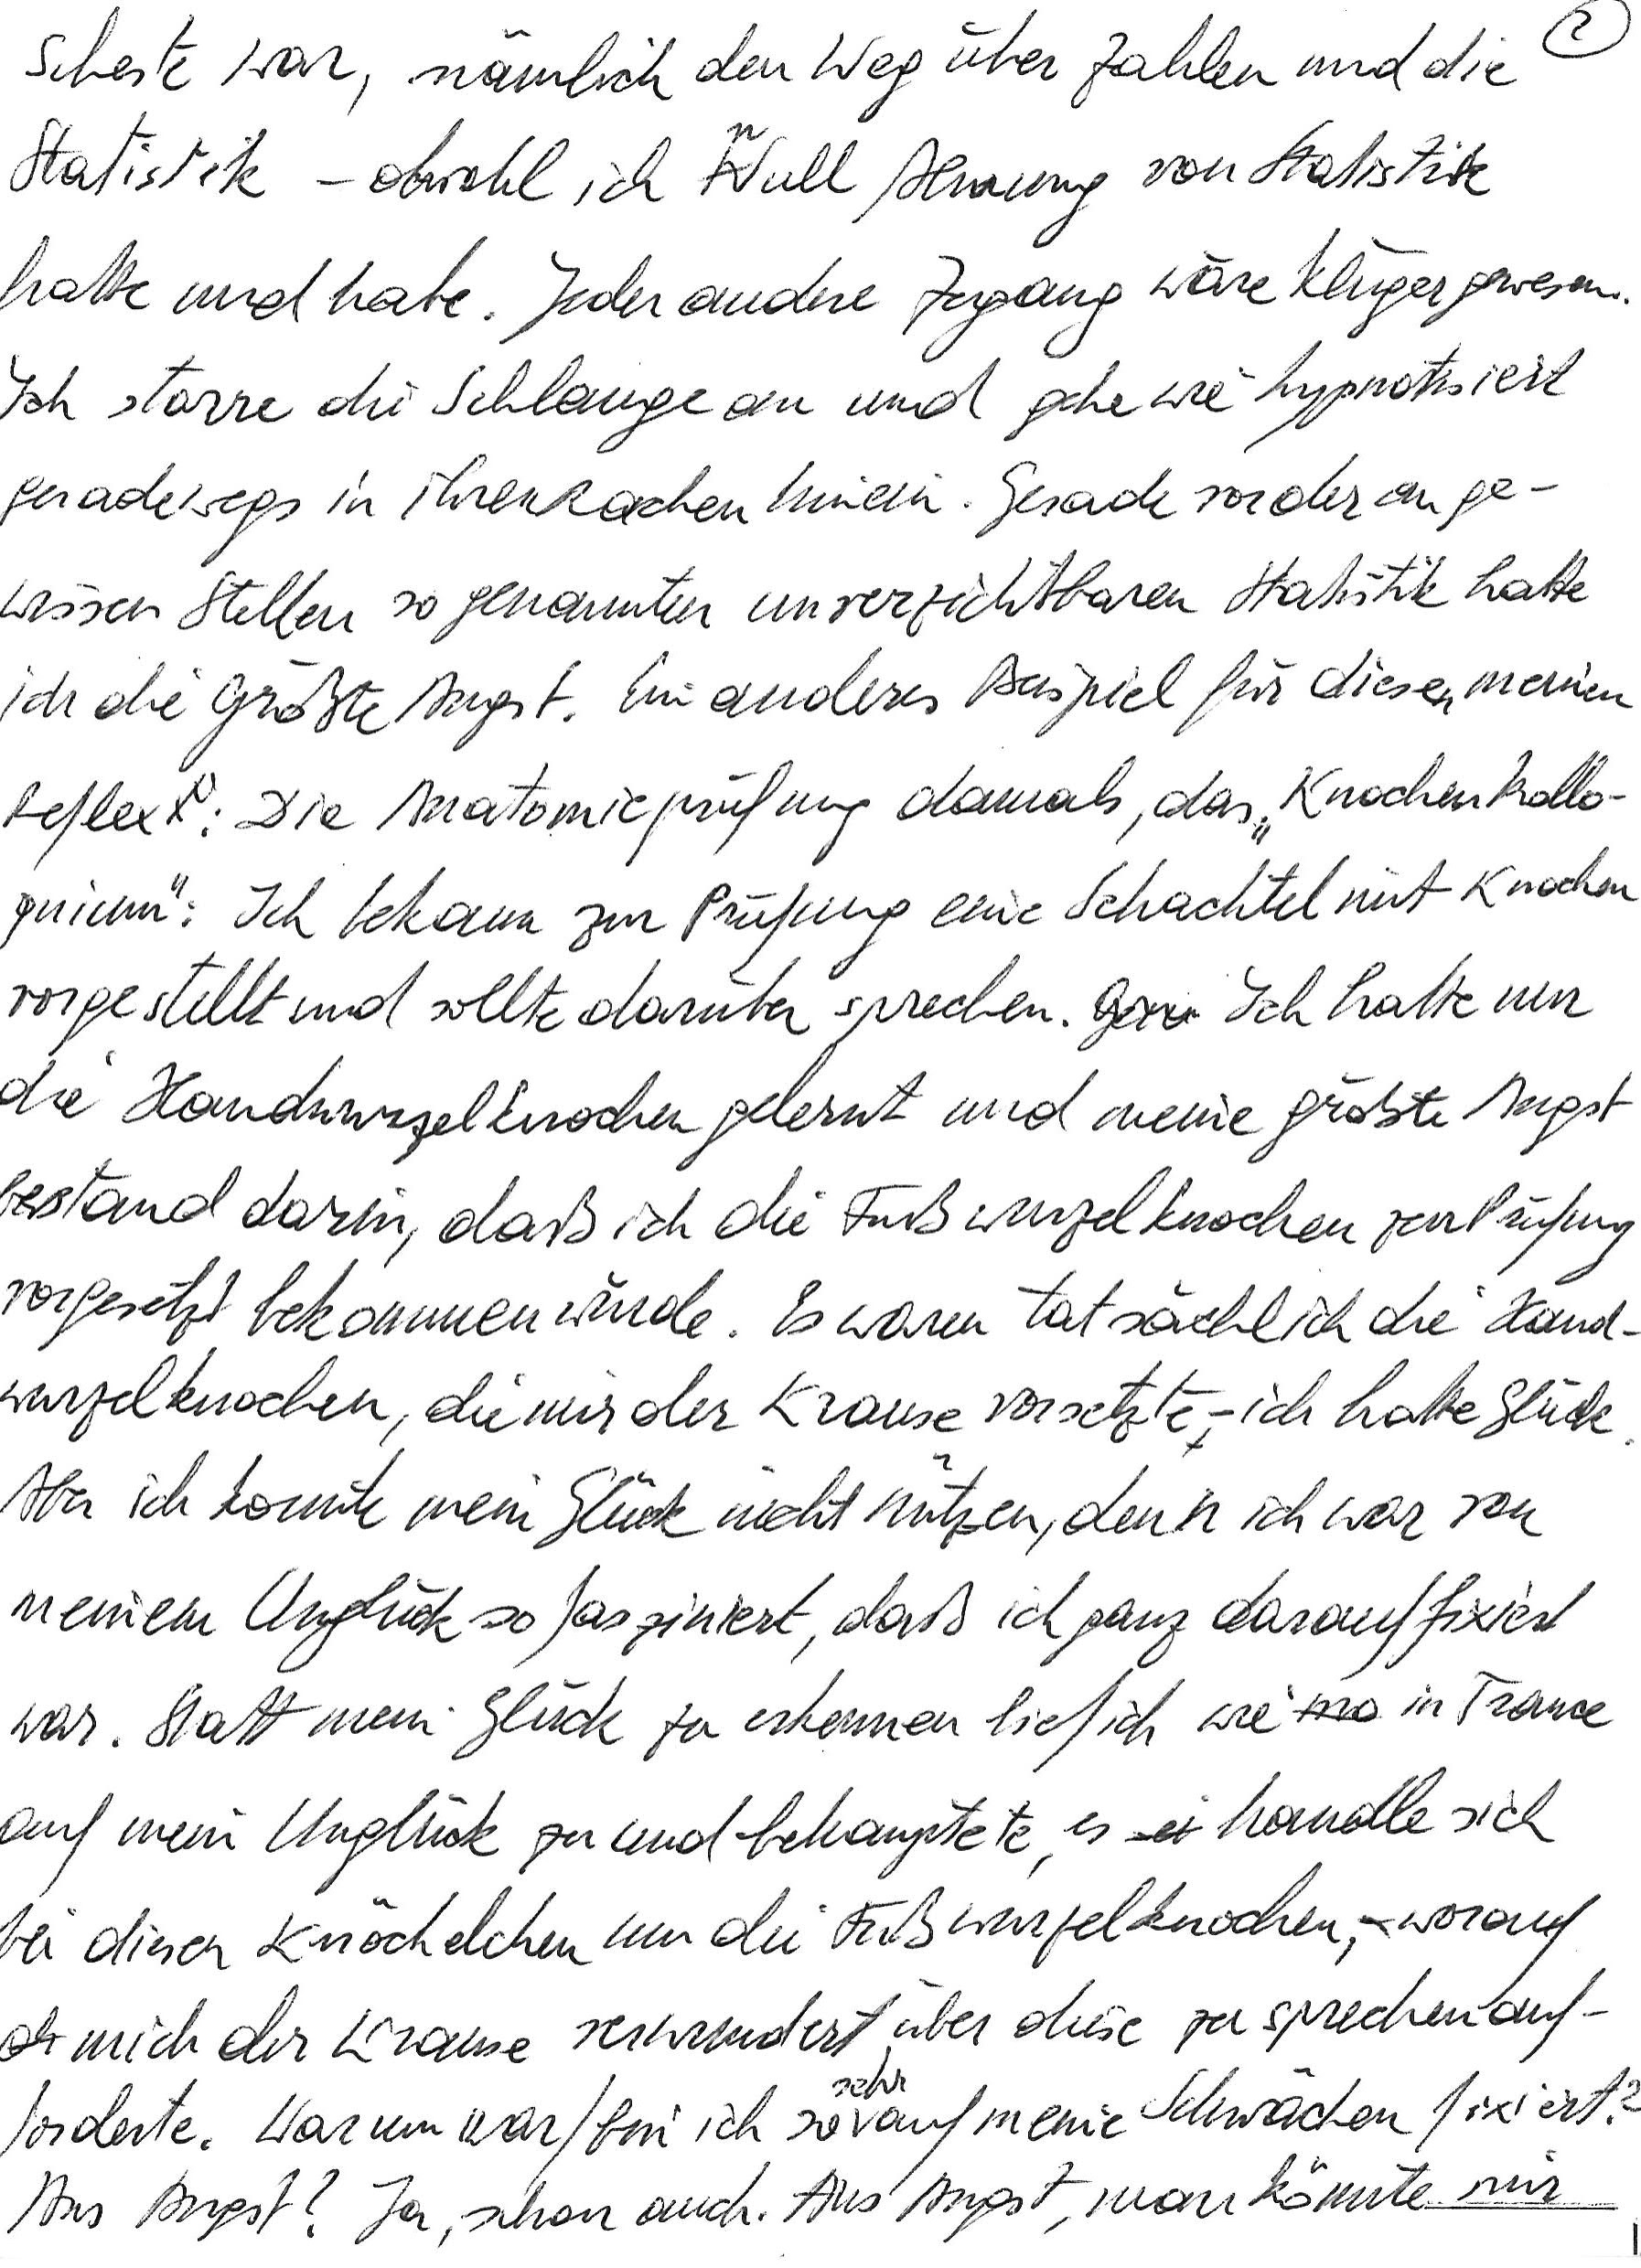
scheste war, nämlich den Weg über Zahlen und die
Statistik – obwohl ich null Ahnung von Statistik
hatte und habe. Jeder andere Zugang wäre klüger gewesen.
Ich starre die Schlange an und gehe wie hypnotisiert
geradewegs in ihren Rachen hinein. Gerade vor der an ge-
wissen Stellen sogenannten unverzichtbaren Statistik hatte
ich die größte Angst. Ein anderes Beispiel für diesen meinen
Reflex: Die Anatomieprüfung damals, das „Knochenkollo-
quium“: Ich bekam zur Prüfung eine Schachtel mit Knochen
vorgestellt und sollte darüber sprechen. Ich hatte nur
die Handwurzelknochen gelernt und meine größte Angst
bestand darin, daß ich die Fußwurzelknochen zur Prüfung
vorgesetzt bekommen würde. Es waren tatsächlich die Hand-
wurzelknochen, die mir der Krause vorsetzte – ich hatte Glück.
Aber ich konnte mein Glück nicht nützen, denn ich war von
meinem Unglück so fasziniert, daß ich ganz darauf fixiert
war. Statt mein Glück zu erkennen lief ich wie in Trance
auf mein Unglück zu und behauptete, es handle sich
bei diesen Knöchelchen um die Fußwurzelknochen, worauf
mich der Krause verwundert über diese zu sprechen auf-
forderte. Warum war/bin ich so sehr auf meine Schwächen fixiert?
Aus Angst? Ja, schon auch. Aus Angst, man könnte mir